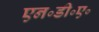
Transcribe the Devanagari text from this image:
एन॰डी॰ए॰